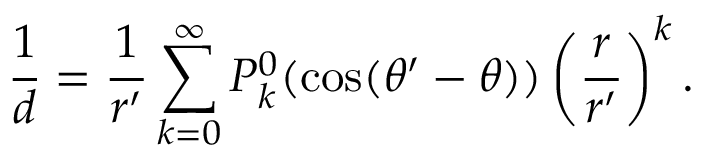
{ \frac { 1 } { d } } = { \frac { 1 } { r ^ { \prime } } } \sum _ { k = 0 } ^ { \infty } P _ { k } ^ { 0 } ( \cos ( \theta ^ { \prime } - \theta ) ) \left( { \frac { r } { r ^ { \prime } } } \right) ^ { k } .